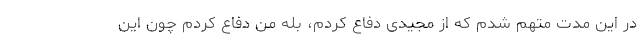
در این مدت متهم شدم که از مجیدی دفاع کردم، بله من دفاع کردم چون این